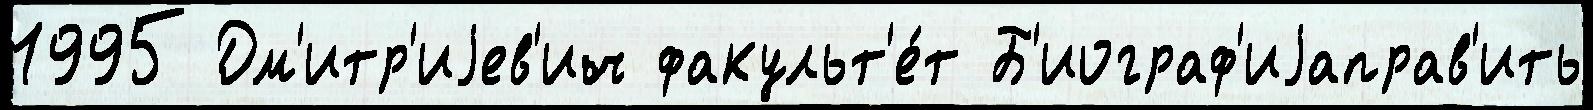
1995 Дм'итр'иjев'ич факульт'е́т Б'иограф'иjаправ'ить